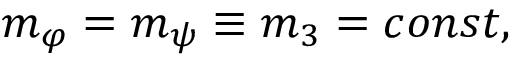
\begin{array} { r } { m _ { \varphi } = m _ { \psi } \equiv m _ { 3 } = c o n s t , } \end{array}